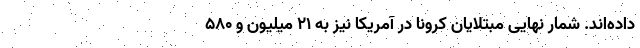
داده‌اند. شمار نهایی مبتلایان کرونا در آمریکا نیز به ۲۱ میلیون و ۵۸۰